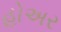
હોઅર